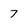
Character: 7